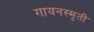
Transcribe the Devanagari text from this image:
गायनस्मृती